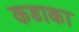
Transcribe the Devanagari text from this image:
कडाका